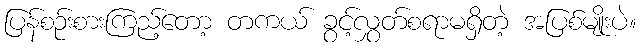
ပြန်စဉ်းစားကြည့်တော့ တကယ် ခွင့်လွှတ်စရာမရှိတဲ့ အပြစ်မျိုးပဲ။